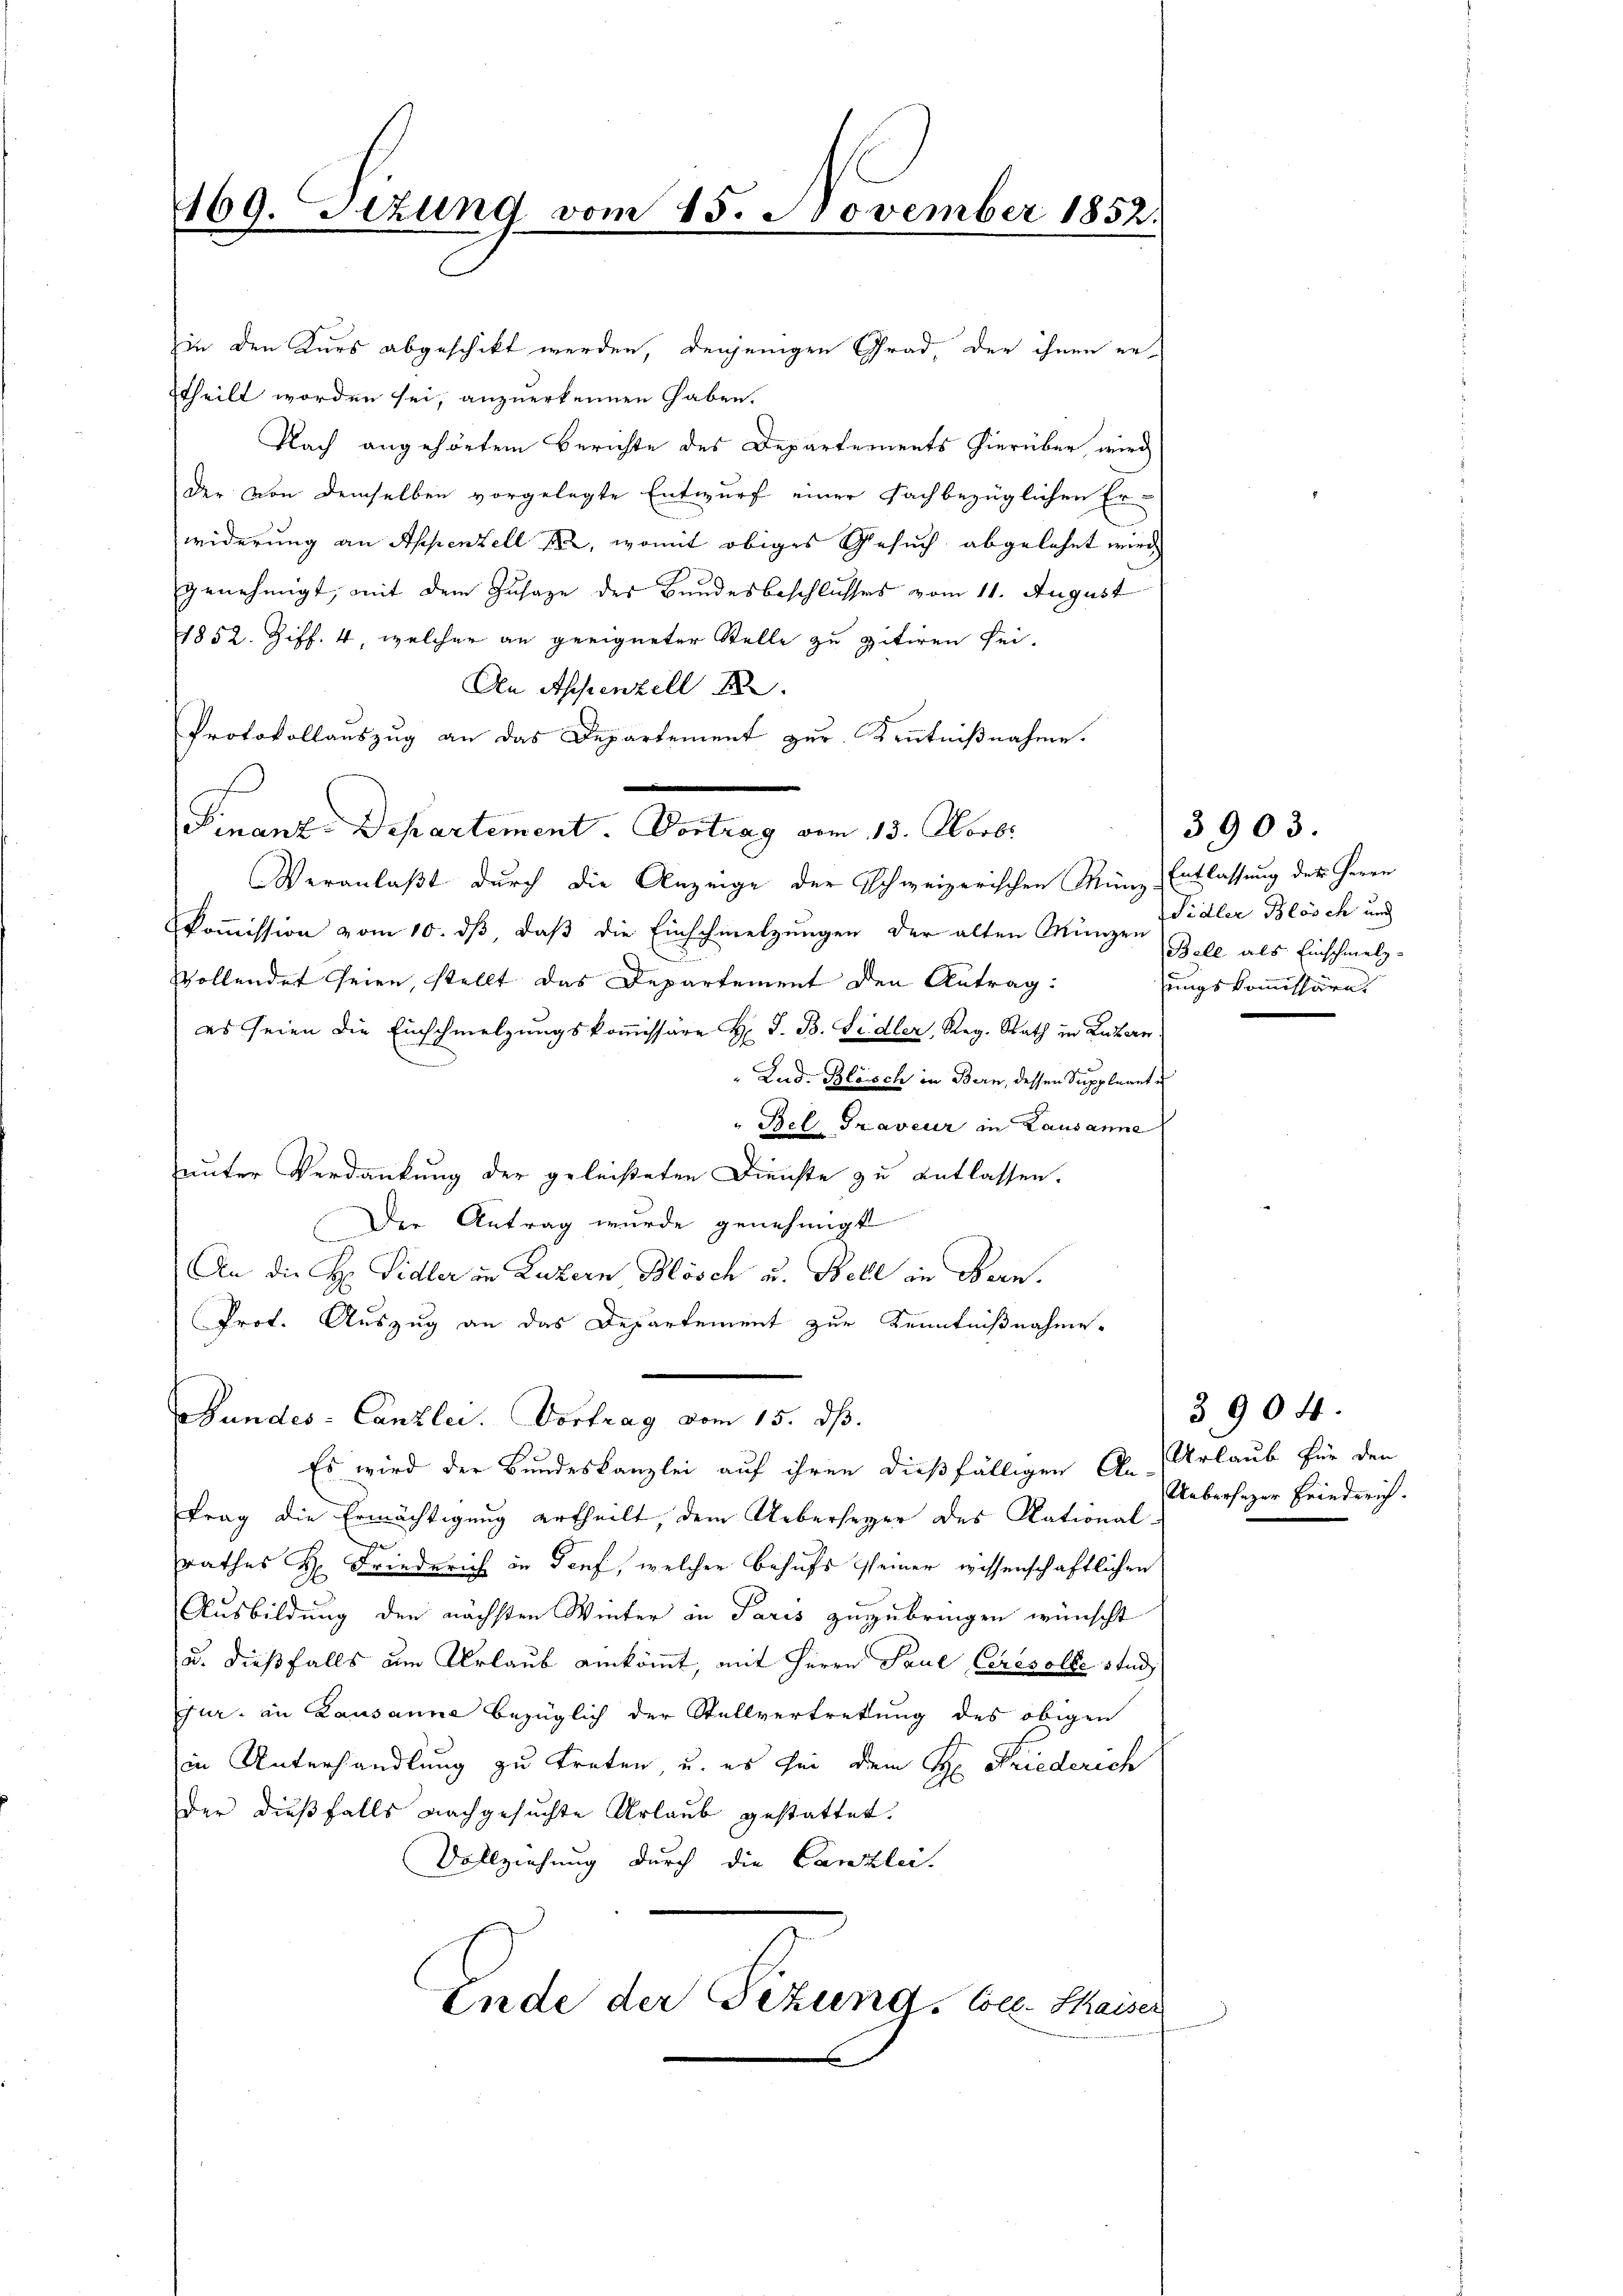
409. Sizung vom 15. November 1852.

in den Kurs abgeschickt werden, denjenigen Grad, der ihnen erttheilt worden sei, anzuerkennen haben.
Nach angehörtem Berichte des Departements hierüber wird
der von demselben vorgelegte Entwurf einer Fachbezüglichen Er-
widerung an Appenzell I, womit obiges Gesuch abgelehnt wird,
genehmigt, mit dem Zusage des Bundesbeschlusses vom 11. August
1852. Ziff. 4, welcher an geeigneter Stelle zu zitiren sei-
An Appenzell
Protokollauszug an das Departement zur Kenntnißnahme.
koṁission vom 10. dβ, daβ die Einschmelzungen der alten Münger Bell als Einschmelz-
Vollendet seien, stellt das Departement den Antrag:
es seien die Einschmelzungskommissäre H. J. B. Sidler, Reg. Rath in Luzern
Lud. Blösch in Bern, dessen Suppleant u
"Bel Graveur in Lausanne
unter Verdankung der geleisteten Dienste zu entlassen.
Der Antrag wurde genehmigt
E
An die H. Sidler in Luzern Blösch u. Bell in Bern.
Prot. Auszug an das Departement zur Kenntnißnahme
Bundes-Canzler. Vortrag vom 15. ds.
Es wird der Bundeskanzlei auf ihren dießfälligen An-
trag die Ermächtigung ertheilt, dem Ueberseyer des Rational-

rathes H. Friederich in Genf, welcher Behufs seiner wissenschaftlichen
Ausbildung der nächsten Winter in Paris zuzubringen wünscht
u. dießfalls am Urlaub einkömmt, mit Herrn Paul Ceresolde stud
gur, in Lausanne bezüglich der Stellvertretung des obigen
in Unterhandlung zu treten, u. es sei dem H: Friederich
der dießfalls nachgesuchte Urlaub gestattet.
Vollziehung durch die Canzlei.
Ende der Tezung. Coll. Saiser

Finand. Departement. Vertrag am 15. Aus
Veranlaßt durch die Anzeige der schweizerischen Münz- Entlassung des Herrn

Sidler Blösch und
ungskommissäre.

3,903.

3904.
Urlaub für den
Ueberhazer Friederich.